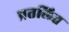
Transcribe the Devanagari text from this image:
प्रतलित